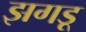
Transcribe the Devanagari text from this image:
झगडू